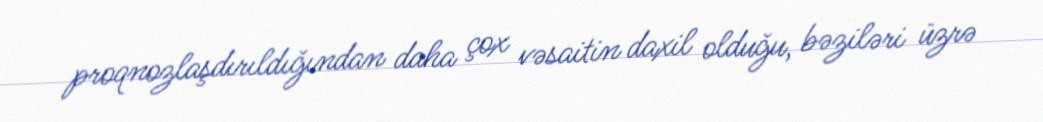
proqnozlaşdırıldığından daha çox vəsaitin daxil olduğu, bəziləri üzrə